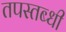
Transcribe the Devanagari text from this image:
तपस्तब्धी